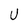
Character: U